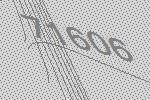
71606